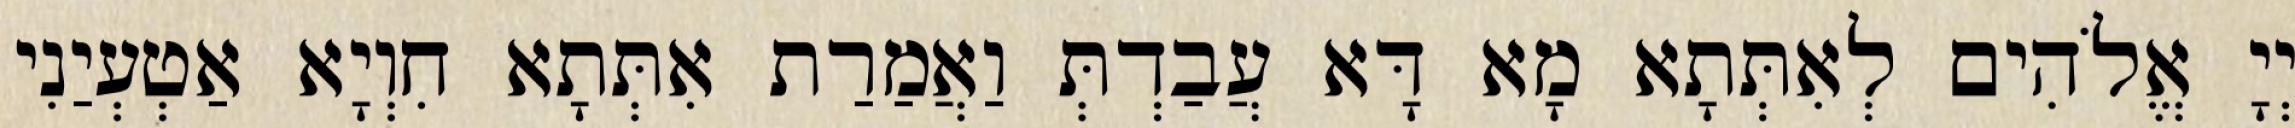
יְיָ אֱלֹהִים לְאִתְּתָא מָא דָּא עֲבַדְתְּ וַאֲמַרַת אִתְּתָא חִוְיָא אַטְעְיַנִי